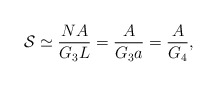
\begin{align*}{\cal{S}} \simeq \frac{NA}{G_3 L} = \frac{A}{G_3 a} = \frac{A}{G_4},\end{align*}